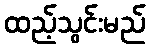
ထည့်သွင်းမည်